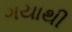
ગયાથી